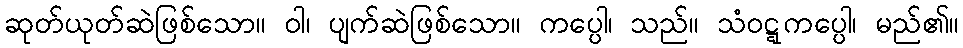
ဆုတ်ယုတ်ဆဲဖြစ်သော။ ဝါ၊ ပျက်ဆဲဖြစ်သော။ ကပ္ပေါ၊ သည်။ သံဝဋ္ဋကပ္ပေါ၊ မည်၏။